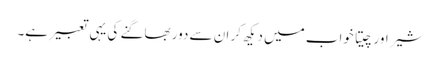
شیر اور چیتا خواب میں دیکھ کر ان سے دور بھاگنے کی یہی تعبیر ہے۔